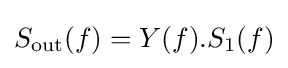
S_{\text{out}}(f)=Y(f).S_{1}(f)